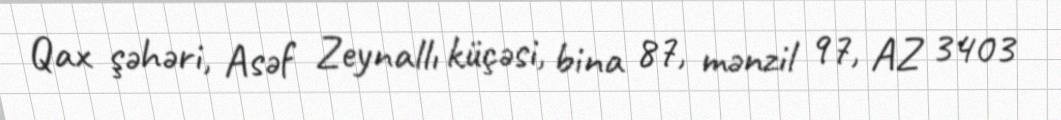
Qax şəhəri, Asəf Zeynallı küçəsi, bina 87, mənzil 97, AZ 3403